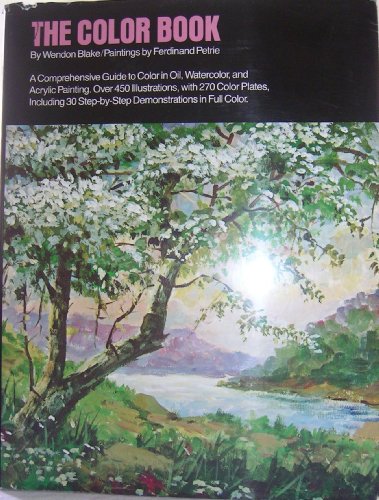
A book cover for The Color Book; Wendon Blake; Arts & Photography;